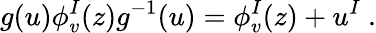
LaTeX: g(u)\phi_{v}^{I}(z)g^{-1}(u)=\phi_{v}^{I}(z)+u^{I}~.